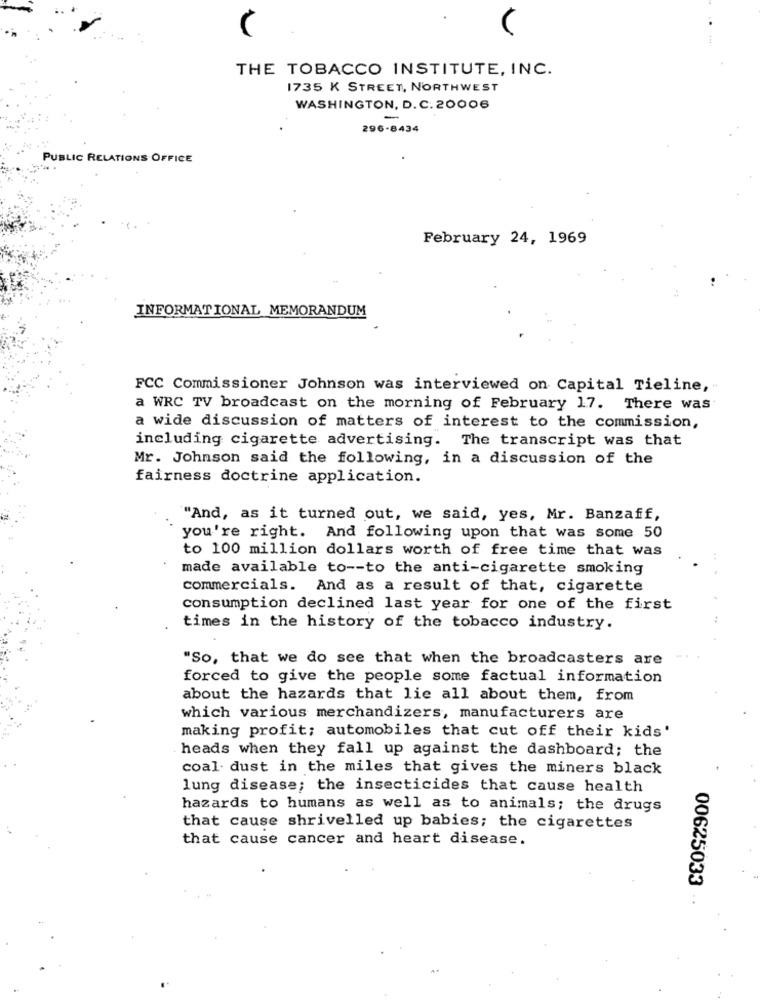
V
THE TOBACCO INSTITUTE, INC.
1735 K STREET, NORTHWEST
WASHINGTON, D. C. 20006
-
296-8434
PUBLIC RELATIONS OFFICE
February 24, 1969
INFORMATIONAL MEMORANDUM
FCC Commissioner Johnson was interviewed on Capital Tieline,
a WRC TV broadcast on the morning of February 17. There was
a wide discussion of matters of interest to the commission,
including cigarette advertising. The transcript was that
Mr. Johnson said the following, in a discussion of the
fairness doctrine application.
"And, as it turned out, we said, yes, Mr. Banzaff,
you're right. And following upon that was some 50
to 100 million dollars worth of free time that was
made available to -- to the anti-cigarette smoking
commercials. And as a result of that, cigarette
consumption declined last year for one of the first
times in the history of the tobacco industry.
"So, that we do see that when the broadcasters are
forced to give the people some factual information
about the hazards that lie all about them, from
which various merchandizers, manufacturers are
making profit; automobiles that cut off their kids'
heads when they fall up against the dashboard; the
coal dust in the miles that gives the miners black
lung disease; the insecticides that cause health
hazards to humans as well as to animals; the drugs
that cause shrivelled up babies; the cigarettes
that cause cancer and heart disease.
00625033 ··